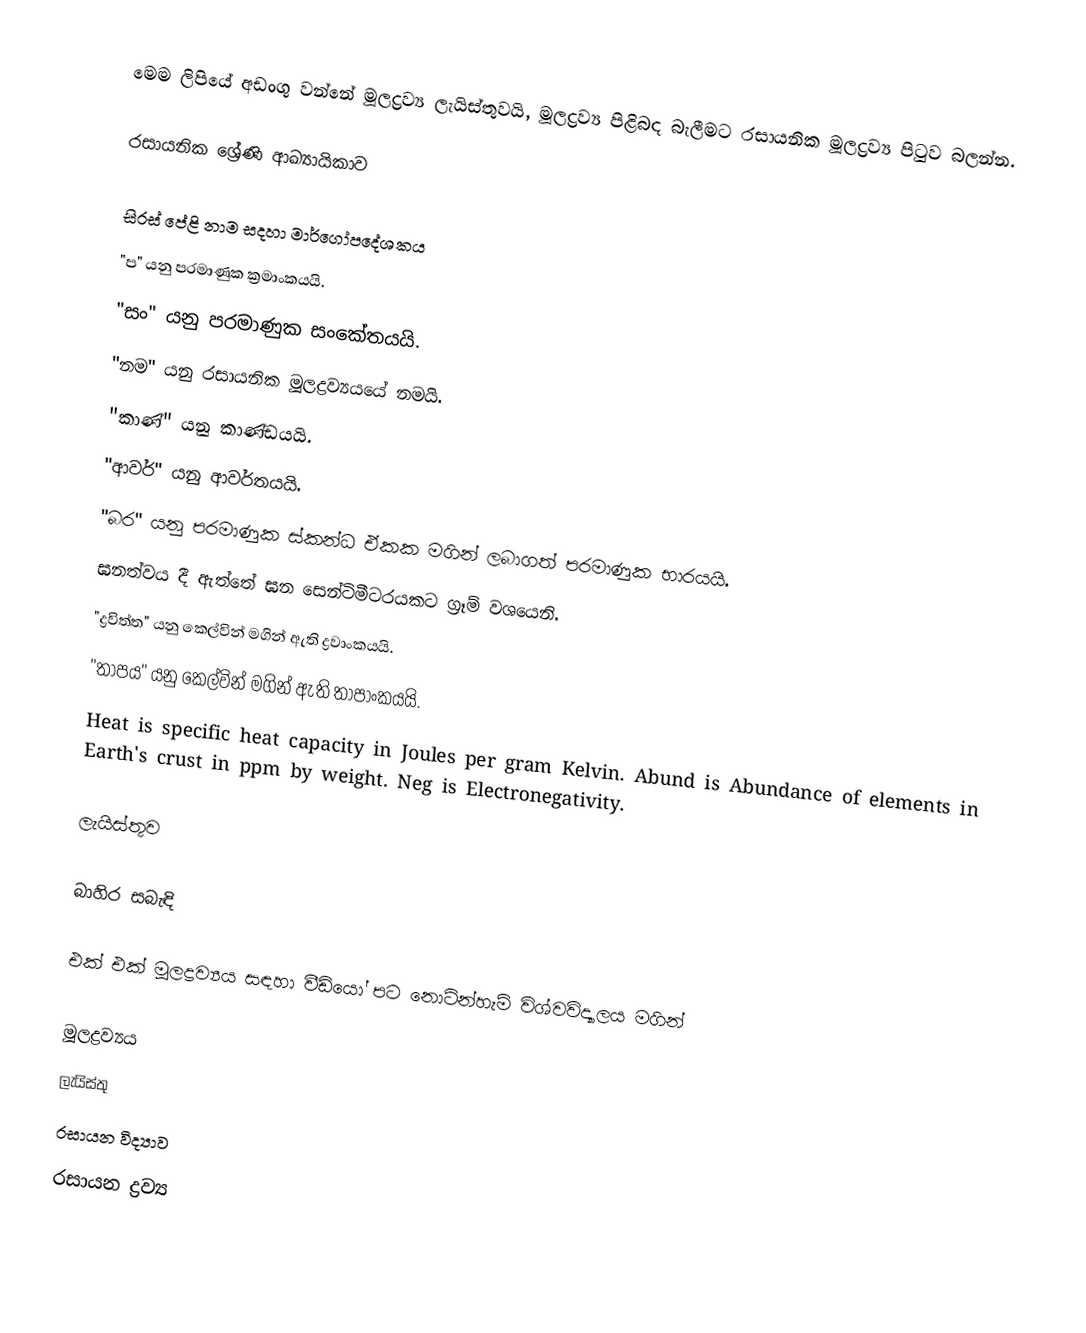
මෙම ලිපියේ අඩංගු වන්නේ මූලද්‍රව්‍ය ලැයිස්තුවයි, මූලද්‍රව්‍ය පිළිබද බැලීමට රසායනික මූලද්‍රව්‍ය පිටුව බලන්න.

රසායනික ශ්‍රේණි ආඛ්‍යායිකාව

සිරස් පේළි නාම සදහා මාර්ගෝපදේශකය
"ප" යනු පරමාණුක ක්‍රමාංකයයි.
"සං" යනු පරමාණුක සංකේතයයි.
"නම" යනු රසායනික මූලද්‍රව්‍යයයේ නමයි.
"කාණ්" යනු කාණ්ඩයයි.
"ආවර්" යනු ආවර්තයයි.
"බර" යනු පරමාණුක ස්කන්ධ ඒකක මගින් ලබාගත් පරමාණුක භාරයයි.
ඝනත්වය දී ඇත්තේ ඝන සෙන්ටිමීටරයකට ග්‍රෑම් වශයෙනි.
"ද්‍රවිත්ත" යනු කෙල්වින් මගින් ඇති ද්‍රවාංකයයි.
"තාපය" යනු කෙල්වින් මගින් ඇති තාපාංකයයි.
Heat is specific heat capacity in Joules per gram Kelvin. Abund is Abundance of elements in Earth's crust in ppm by weight. Neg is Electronegativity.

ලැයිස්තුව

බාහිර සබැඳි

 එක් එක් මූලද්‍රව්‍යය සඳහා වීඩියෝ පට නොටින්හැම් විශ්වවිද්‍යාලය මගින්

මූලද්‍රව්‍යය
ලැයිස්තු
රසායන විද්‍යාව
රසායන ද්‍රව්‍ය